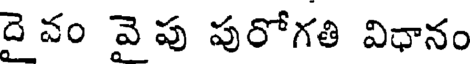
దైవం వెపు పురోగతి విధానం